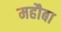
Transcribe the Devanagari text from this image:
महौबा